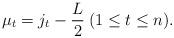
LaTeX: \begin{align*} \mu _t = j_t - \frac{L}{2} \medspace ( 1 \leq t \leq n ).\end{align*}